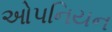
ઓપનિયન